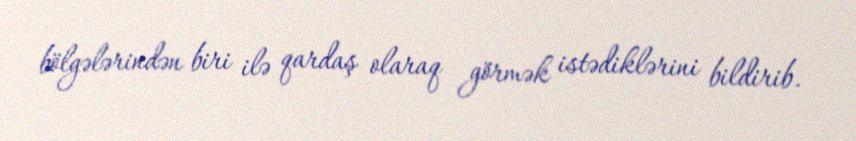
bölgələrindən biri ilə qardaş olaraq görmək istədiklərini bildirib.